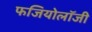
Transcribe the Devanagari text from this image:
फजियोलॉजी